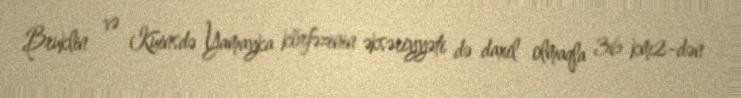
Bruklin və Kuinsdə Yamayka körfəzinin əksəriyyəti də daxil olmaqla 36 km2-dən